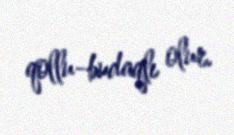
qollu-budaqlı olur.